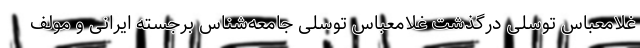
غلامعباس توسلی درگذشت غلامعباس توسلی جامعه‌شناس برجسته ایرانی و مولف